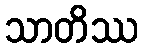
သာတိဿ